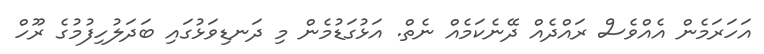
އަހަރަމެން އެއްވެސް ރައްދެއް ދޭނެކަމެއް ނެތް. އަޅުގަޑުމެން މި ދަނޑިވަޅުގައި ބަދަލުހިފުމުގެ ރޫހް